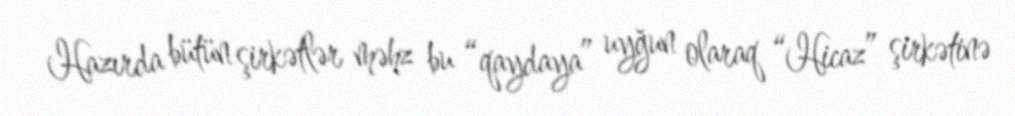
Hazırda bütün şirkətlər məhz bu “qaydaya” uyğun olaraq “Hicaz” şirkətinə